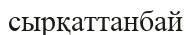
сырқаттанбай